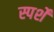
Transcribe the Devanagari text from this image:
स्पर्शें